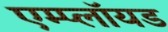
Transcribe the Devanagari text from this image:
एम्प्लॉयड